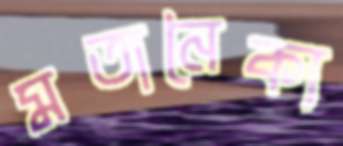
মতানৈক্য